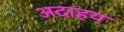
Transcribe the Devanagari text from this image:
अदाहय